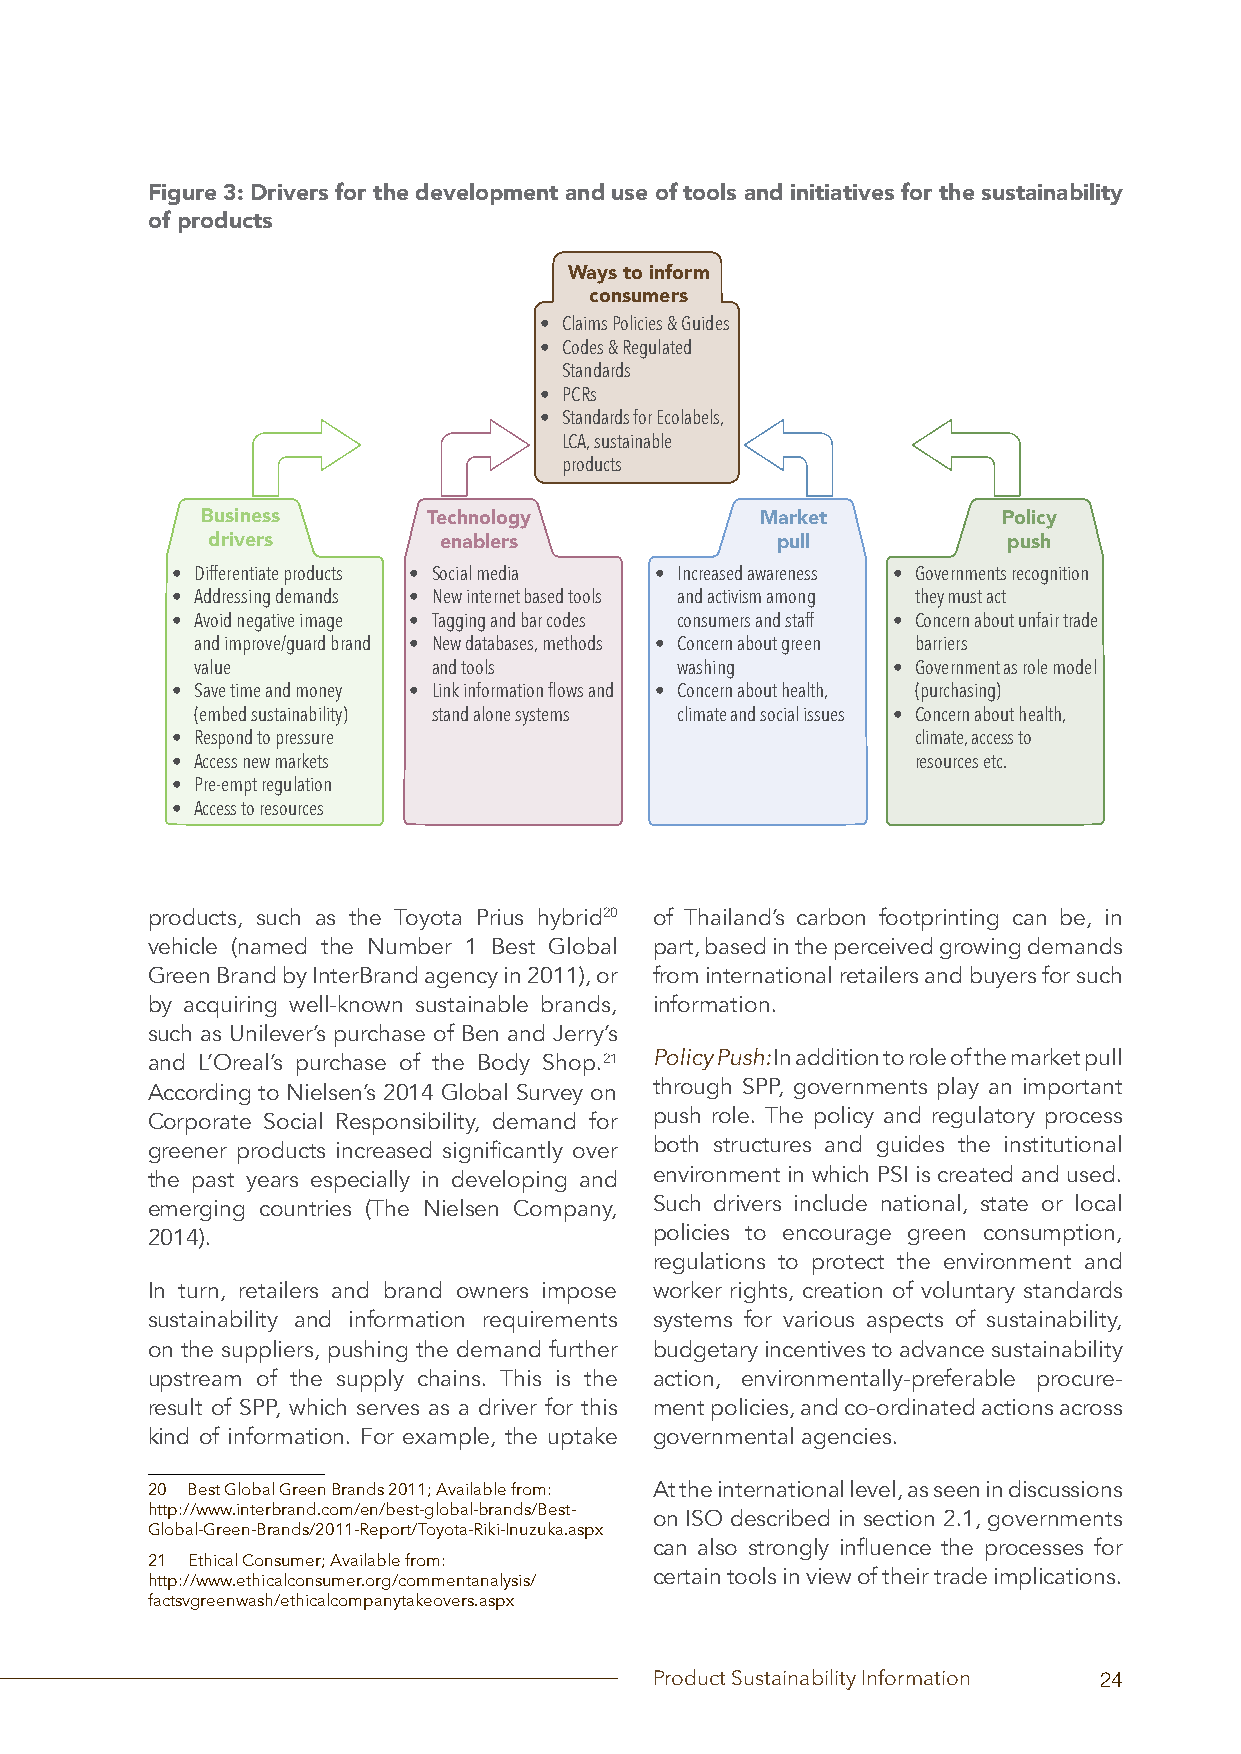
Figure 3: Drivers for the development and use of tools and initiatives for the sustainability
 of products
 Ways to inform
 consumers
 • Claims Policies & Guides
 • Codes & Regulated
 Standards
 • PCRs
 • Standards for Ecolabels,
 LCA, sustainable
 products
 Business       Technology            Market          Policy
 drivers        enablers              pull            push
 • Differentiate products • Social media • Increased awareness • Governments recognition
 • Addressing demands • New internet based tools and activism among they must act
 • Avoid negative image • Tagging and bar codes consumers and staff • Concern about unfair trade
 and improve/guard brand • New databases, methods • Concern about green barriers
 value           and tools       washing       • Government as role model
 • Save time and money • Link information flows and • Concern about health, (purchasing)
 (embed sustainability) stand alone systems climate and social issues • Concern about health,
 • Respond to pressure                             climate, access to
 • Access new markets                              resources etc.
 • Pre-empt regulation
 • Access to resources
 products, such as the Toyota Prius hybrid20 of Thailand’s carbon footprinting can be, in
 vehicle (named the Number 1 Best Global part, based in the perceived growing demands
 Green Brand by InterBrand agency in 2011), or from international retailers and buyers for such
 by acquiring well-known sustainable brands, information.
 such as Unilever’s purchase of Ben and Jerry’s
 and L’Oreal’s purchase of the Body Shop.21 Policy Push: In addition to role of the market pull
 According to Nielsen’s 2014 Global Survey on through SPP, governments play an important
 Corporate Social Responsibility, demand for push role. The policy and regulatory process
 greener products increased significantly over both structures and guides the institutional
 the past years especially in developing and environment in which PSI is created and used.
 emerging countries (The Nielsen Company, Such drivers include national, state or local
 2014).                           policies to encourage green consumption,
 regulations to protect the environment and
 In turn, retailers and brand owners impose worker rights, creation of voluntary standards
 sustainability and information requirements systems for various aspects of sustainability,
 on the suppliers, pushing the demand further budgetary incentives to advance sustainability
 upstream of the supply chains. This is the action, environmentally-preferable procure-
 result of SPP, which serves as a driver for this ment policies, and co-ordinated actions across
 kind of information. For example, the uptake governmental agencies.
 20 Best Global Green Brands 2011; Available from: At the international level, as seen in discussions
 http://www.interbrand.com/en/best-global-brands/Best- on ISO described in section 2.1, governments
 Global-Green-Brands/2011-Report/Toyota-Riki-Inuzuka.aspx
 can also strongly influence the processes for
 21 Ethical Consumer; Available from:
 certain tools in view of their trade implications.
 http://www.ethicalconsumer.org/commentanalysis/
 factsvgreenwash/ethicalcompanytakeovers.aspx
 Product Sustainability Information 24